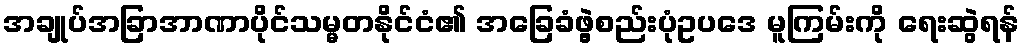
အချုပ်အခြာအာဏာပိုင်သမ္မတနိုင်ငံ၏ အခြေခံဖွဲ့စည်းပုံဥပဒေ မူကြမ်းကို ရေးဆွဲရန်